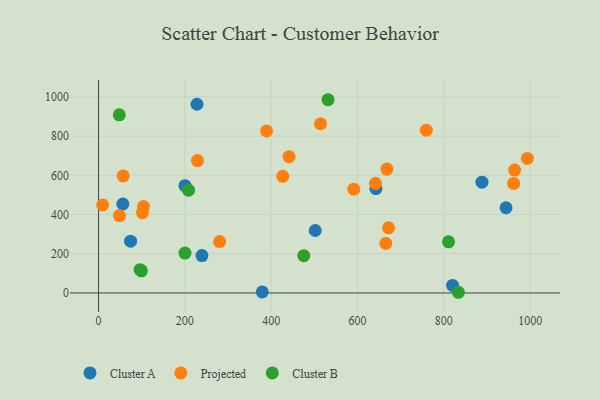
{"axis": {"x": "Speed", "y": "Salary"}, "legend": ["Cluster A", "Cluster B", "Projected"], "data": [{"x": "888.4", "y": 564.8, "type": "Cluster A"}, {"x": "642.7", "y": 532.6, "type": "Cluster A"}, {"x": "820.3", "y": 38.5, "type": "Cluster A"}, {"x": "944.2", "y": 434.6, "type": "Cluster A"}, {"x": "228.1", "y": 962.3, "type": "Cluster A"}, {"x": "56.4", "y": 453.7, "type": "Cluster A"}, {"x": "74.3", "y": 264.3, "type": "Cluster A"}, {"x": "200.3", "y": 547.3, "type": "Cluster A"}, {"x": "502.1", "y": 318.6, "type": "Cluster A"}, {"x": "379.4", "y": 5.5, "type": "Cluster A"}, {"x": "239.6", "y": 190.6, "type": "Cluster A"}, {"x": "441.4", "y": 694.9, "type": "Projected"}, {"x": "961.8", "y": 558.6, "type": "Projected"}, {"x": "104.2", "y": 441.0, "type": "Projected"}, {"x": "641.7", "y": 559.0, "type": "Projected"}, {"x": "57.1", "y": 596.8, "type": "Projected"}, {"x": "426.9", "y": 595.0, "type": "Projected"}, {"x": "591.4", "y": 529.3, "type": "Projected"}, {"x": "668.1", "y": 631.6, "type": "Projected"}, {"x": "101.8", "y": 409.4, "type": "Projected"}, {"x": "665.6", "y": 252.8, "type": "Projected"}, {"x": "48.4", "y": 394.5, "type": "Projected"}, {"x": "964.0", "y": 626.7, "type": "Projected"}, {"x": "280.6", "y": 261.9, "type": "Projected"}, {"x": "229.2", "y": 675.1, "type": "Projected"}, {"x": "389.3", "y": 826.4, "type": "Projected"}, {"x": "993.6", "y": 686.0, "type": "Projected"}, {"x": "759.4", "y": 830.2, "type": "Projected"}, {"x": "672.0", "y": 332.2, "type": "Projected"}, {"x": "9.5", "y": 448.8, "type": "Projected"}, {"x": "514.3", "y": 862.9, "type": "Projected"}, {"x": "208.6", "y": 524.1, "type": "Cluster B"}, {"x": "833.8", "y": 3.5, "type": "Cluster B"}, {"x": "48.1", "y": 908.5, "type": "Cluster B"}, {"x": "200.3", "y": 203.3, "type": "Cluster B"}, {"x": "475.6", "y": 190.4, "type": "Cluster B"}, {"x": "96.3", "y": 118.6, "type": "Cluster B"}, {"x": "99.4", "y": 113.0, "type": "Cluster B"}, {"x": "810.9", "y": 260.9, "type": "Cluster B"}, {"x": "531.8", "y": 985.5, "type": "Cluster B"}]}